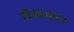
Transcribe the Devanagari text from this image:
शैखजादा